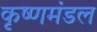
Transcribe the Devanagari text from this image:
कृष्णमंडल